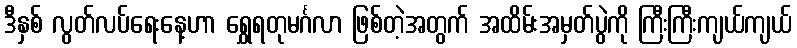
ဒီနှစ် လွတ်လပ်ရေးနေ့ဟာ ရွှေရတုမင်္ဂလာ ဖြစ်တဲ့အတွက် အထိမ်းအမှတ်ပွဲကို ကြီးကြီးကျယ်ကျယ်